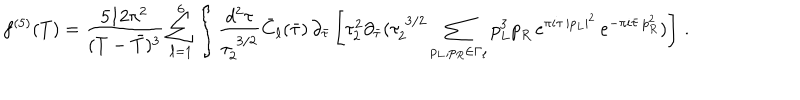
LaTeX: f ^ { ( 5 ) } ( T ) = { \frac { 5 1 2 \pi ^ { 2 } } { ( T - { \bar { T } } ) ^ { 3 } } } \sum _ { \ell = 1 } ^ { 6 } \int \frac { d ^ { 2 } \tau } { \tau _ { 2 } ^ { \; 3 / 2 } } \bar { C } _ { \ell } ( \bar { \tau } ) \, \partial _ { \bar { \tau } } \left[ \tau _ { 2 } ^ { 2 } \partial _ { \bar { \tau } } ( \tau _ { 2 } ^ { \; 3 / 2 } \sum _ { p _ { L } , p _ { R } \in \Gamma _ { \ell } } p _ { L } ^ { 3 } { p } _ { R } \, e ^ { \pi i \tau \, | p _ { L } | ^ { 2 } } \, e ^ { - \pi i \bar { \tau } \, p _ { R } ^ { 2 } } ) \right] \, .